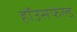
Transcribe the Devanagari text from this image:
हॉउसफेल्ड